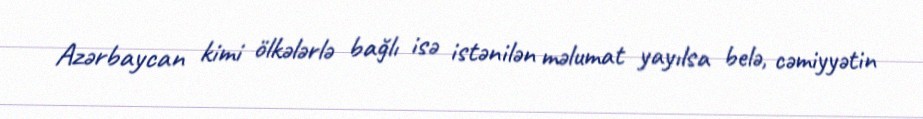
Azərbaycan kimi ölkələrlə bağlı isə istənilən məlumat yayılsa belə, cəmiyyətin